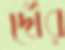
দৌর